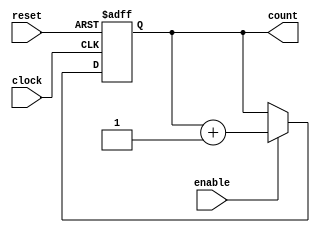
module synchronous_counter (
    input wire clock,          // Clock signal
    input wire reset,          // Asynchronous reset signal
    input wire enable,         // Enable signal for counting
    output reg [3:0] count     // 4-bit counter output
);

// Sequential logic block
always @(posedge clock or posedge reset) begin
    if (reset) begin
        // Reset logic: initialize count to 0
        count <= 4'b0000;
    end else if (enable) begin
        // Increment the counter if enabled
        count <= count + 1;
    end
end

endmodule